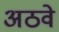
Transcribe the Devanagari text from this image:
अठवे